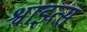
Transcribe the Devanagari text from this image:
श्वाइत्स